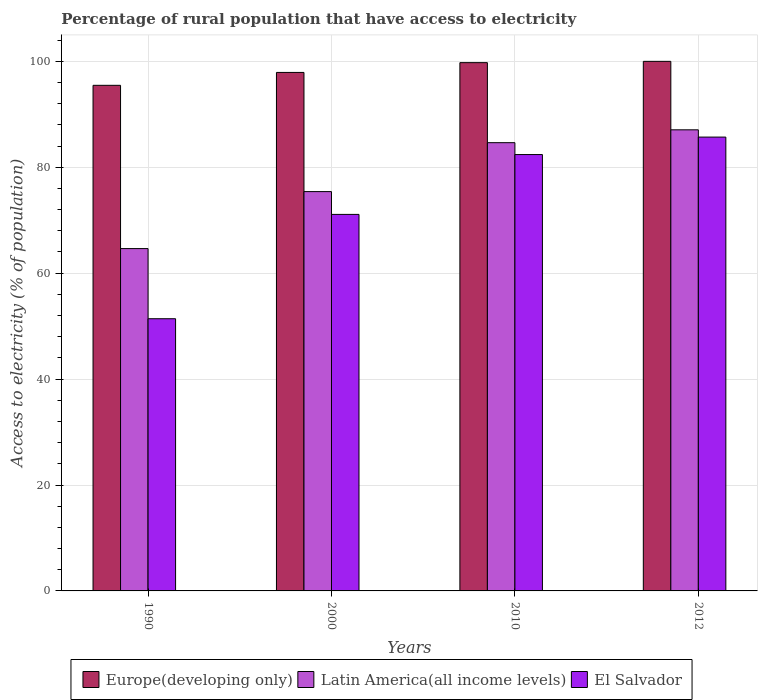
| Years | Europe(developing only) | Latin America(all income levels) | El Salvador |
 | --- | --- | --- | --- |
 | 1990 | 95.5 | 64.6 | 51.4 |
 | 2000 | 97.9 | 75.4 | 71.1 |
 | 2010 | 99.8 | 84.6 | 82.4 |
 | 2012 | 100 | 87.1 | 85.7 |